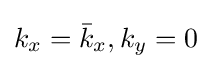
k_{x}={\bar {k}}_{x},k_{y}=0